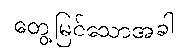
တွေ့မြင်သောအခါ